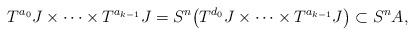
LaTeX: \begin{align*}T^{a_0} J\times \cdots \times T^{a_{k-1}} J = S^n\big(T^{d_0} J \times \cdots \times T^{a_{k-1}} J \big)\subset S^n A,\end{align*}